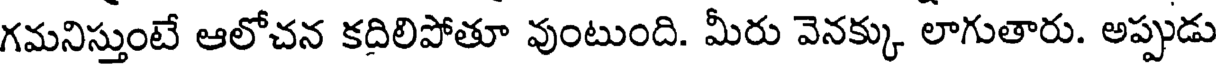
గమనిస్తుంటే ఆలోచన కదిలిపోతూ వుంటుంది. మీరు వెనక్కు లాగుతారు. అప్పుడు